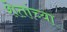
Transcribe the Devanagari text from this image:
शेतांच्या